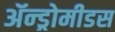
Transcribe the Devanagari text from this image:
ॲन्ड्रोमीडस